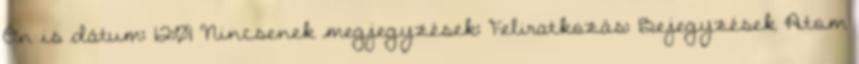
Ön is dátum: 12:01 Nincsenek megjegyzések: Feliratkozás: Bejegyzések Atom